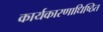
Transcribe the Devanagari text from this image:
कार्यकारणाधिष्ठित